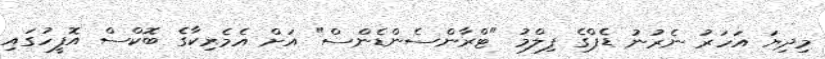
މިދިޔަ އަހަރު ނެރުނު ޑެޕްގެ ފިލްމު "ޓްރާންސެންޑެންސް" އަށް އެމެރިކާގެ ބޮކްސް އޮފީހުގައި